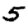
Digit: 5